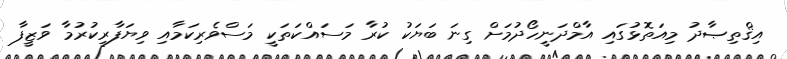
އިޤްތިޞާދު މިއަތޮޅުގައި އާމްދަނީހޯދުމަށް ގިނަ ބަޔަކު ކުރާ މަސައްކަތަކީ މަސްވެރިކަމާއި ވިޔަފާރިކުރުމާ ވަޒީފާ